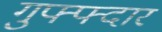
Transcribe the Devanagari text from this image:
गुफ्फ्दार